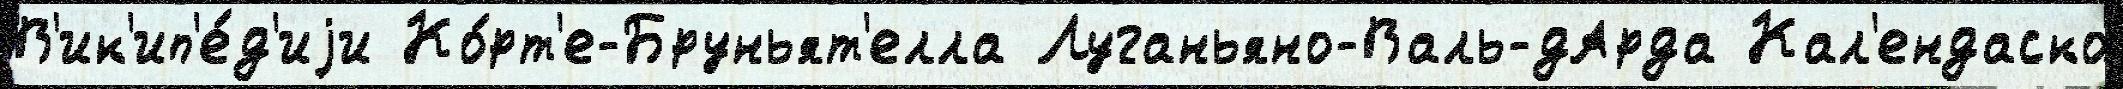
В'ик'ип'е́д'иjи Ко́рт'е-Бруньят'елла Луганьяно-Валь-дАрда Кал'ендаско